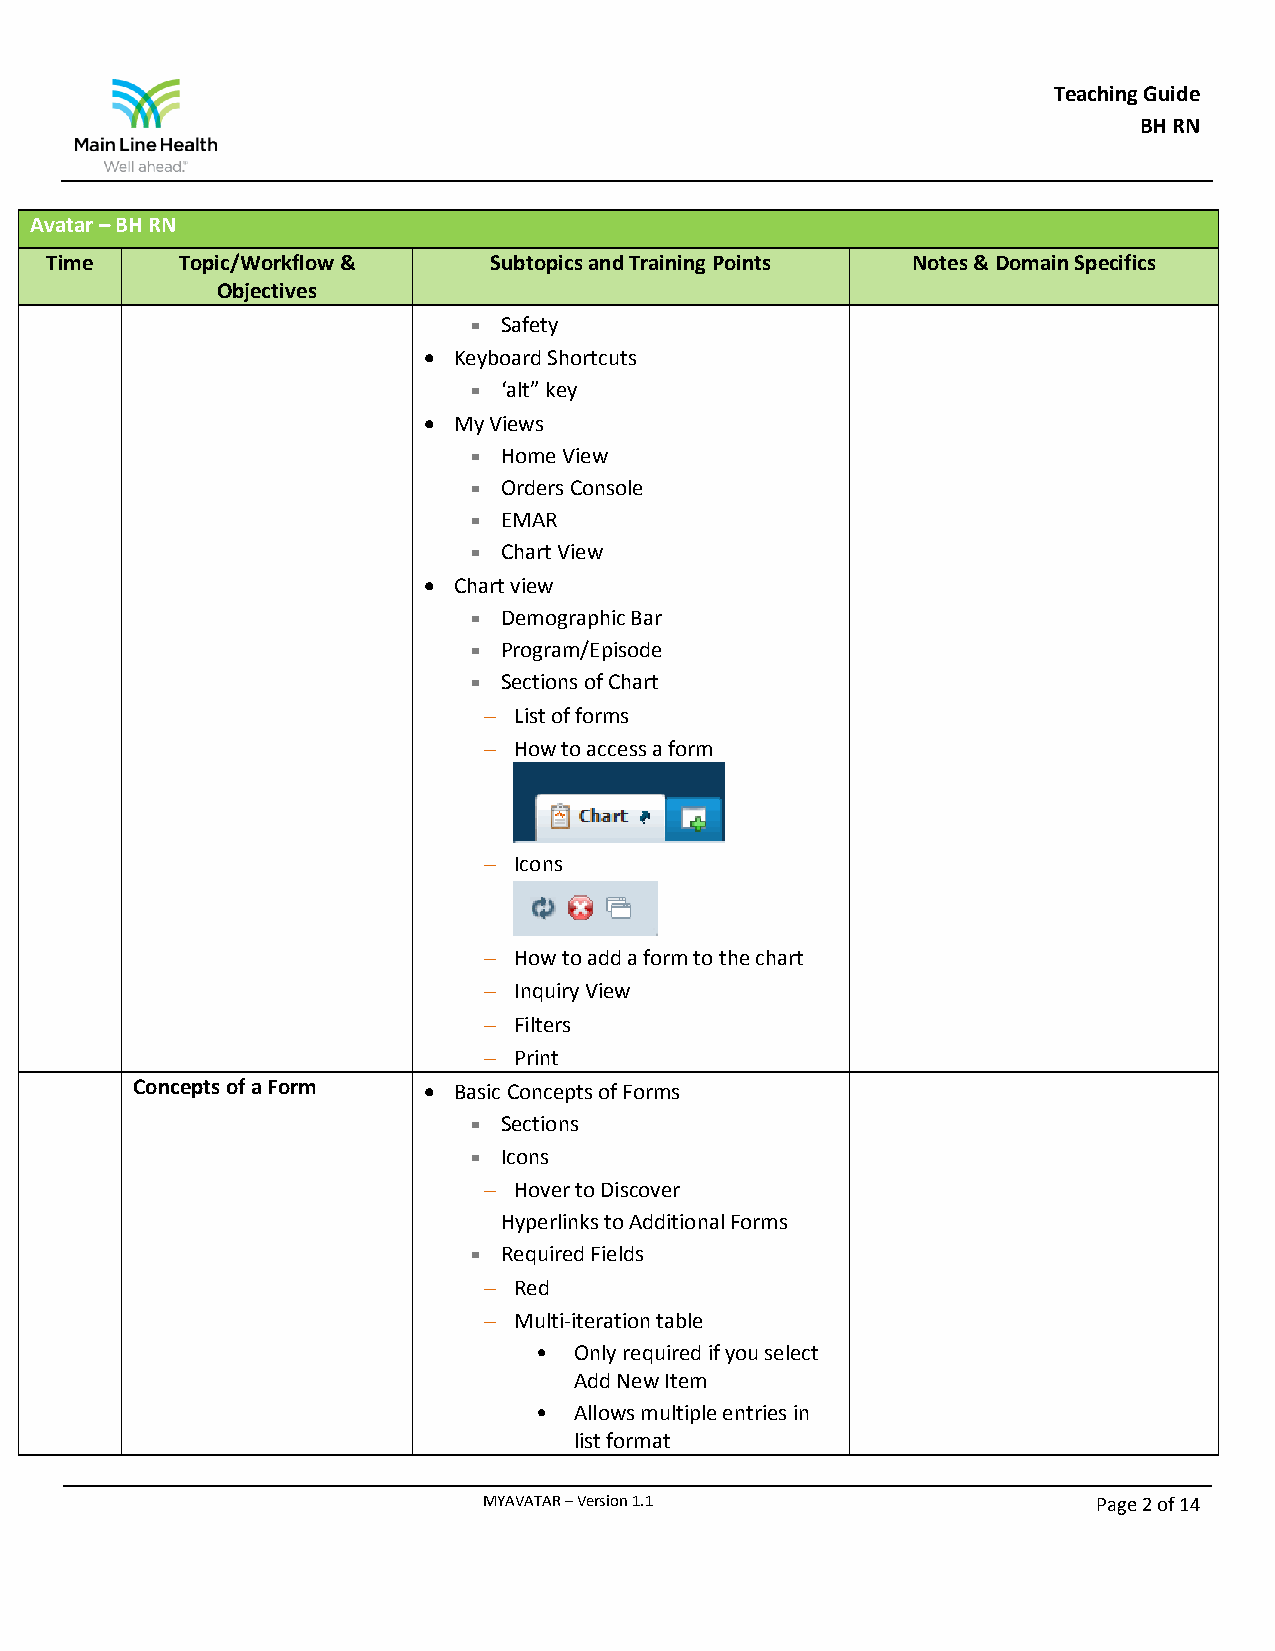
Teaching Guide
 BH RN
 Avatar – BH RN
 Time     Topic/Workflow &    Subtopics and Training Points Notes & Domain Specifics
 Objectives
  Safety
  Keyboard Shortcuts
  ‘alt” key
  My Views
  Home View
  Orders Console
  EMAR
  Chart View
  Chart view
  Demographic Bar
  Program/Episode
  Sections of Chart
  List of forms
  How to access a form
  Icons
  How to add a form to the chart
  Inquiry View
  Filters
  Print
 Concepts of a Form  Basic Concepts of Forms
  Sections
  Icons
  Hover to Discover
 Hyperlinks to Additional Forms
  Required Fields
  Red
  Multi-iteration table
 • Only required if you select
 Add New Item
 • Allows multiple entries in
 list format
 MYAVATAR – Version 1.1                   Page 2 of 14